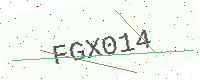
Text: FGX014